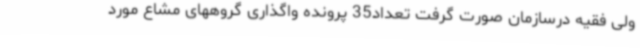
ولی فقیه درسازمان صورت گرفت تعداد35 پرونده واگذاری گروههای مشاع مورد